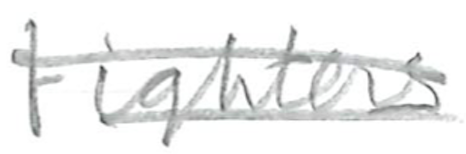
Text: fighters
Cross-out: double-line
Writing tool: pencil